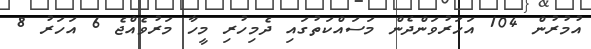
އުމުރުން 104 އަހަރުވަންދެން މަސައްކަތުގައި ދެމިހުރި މީހާ މަރުވެއްޖެ 6 އަހަރު 8